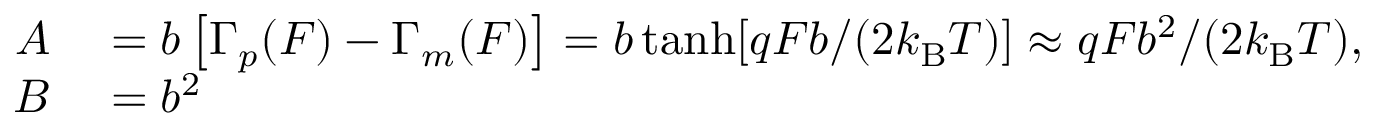
\begin{array} { r l } { A } & { { } = b \left[ \Gamma _ { p } ( F ) - \Gamma _ { m } ( F ) \right] = b \operatorname { t a n h } [ q F b / ( 2 k _ { \mathrm { B } } T ) ] \approx q F b ^ { 2 } / ( 2 k _ { \mathrm { B } } T ) , } \\ { B } & { { } = b ^ { 2 } } \end{array}